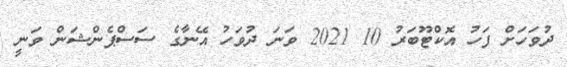
ދުވަހަށް ފަހު އޮކްޓޫބަރު 10 2021 ވަނަ ދުވަހު އޭނާގެ ސަސްޕެންޝަން ވަނީ